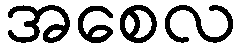
အစေလ